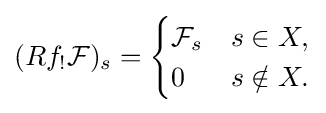
(Rf_{!}{\mathcal {F}})_{s}={\begin{cases}{\mathcal {F}}_{s}&s\in X,\\0&s\notin X.\end{cases}}